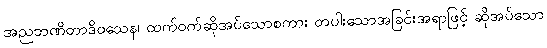
အညဘဏိတာဒိဝသေန၊ ထက်ဝက်ဆိုအပ်သောစကား တပါးသောအခြင်းအရာဖြင့် ဆိုအပ်သော